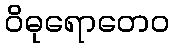
ဝိဓုရောတေဝ